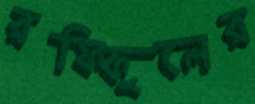
রফিকুলের